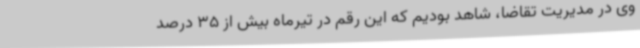
وی در مدیریت تقاضا، شاهد بودیم که این رقم در تیرماه بیش از 35 درصد